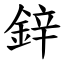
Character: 鋅